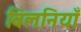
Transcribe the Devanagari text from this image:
बिलनियाँ